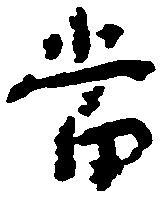
当